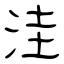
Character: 洼